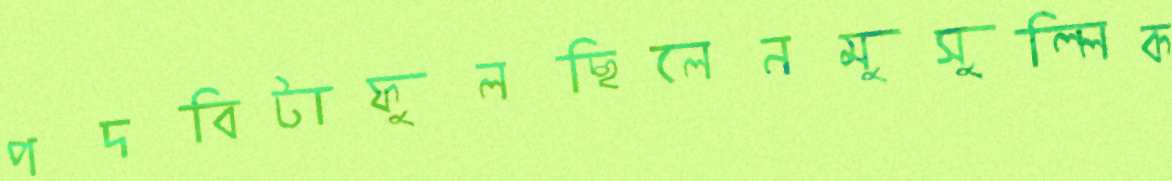
পদবিটাফুলছিলেনমুসুল্লিক